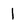
Character: 1